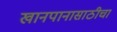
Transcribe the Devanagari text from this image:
खानपानासाठीचा